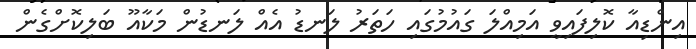
އިންޑިއާ ކޮލިފައިވީ އަމިއްލަ ގައުމުގައި ހަތަރު ލަނޑު އެއް ލަނޑުން މަކާއޫ ބަލިކޮށްގެން